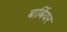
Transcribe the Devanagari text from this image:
बार्बियर